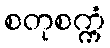
စတုစက္ကံ